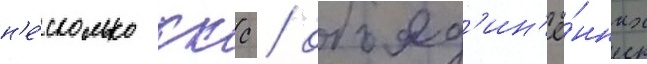
н'е́сколько ккс / объед'ин'ё́нных